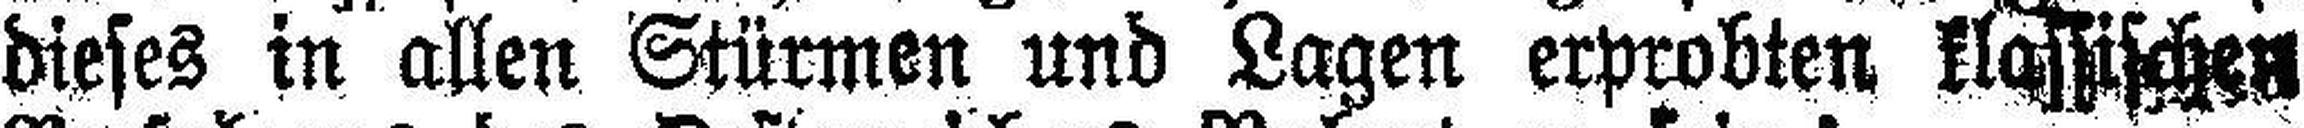
dieses in allen Stürmen und Lagen erprobten klassischen